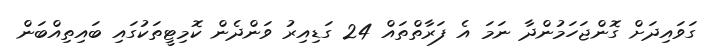
ގަވައިދަށް ގޮންޖަހަމުންދާ ނަމަ އެ ފަރާތްތައް 24 ގަޑިއިރު ވަންދެން ކޮމިޓީތަކުގައި ބައިތިއްބަން